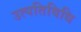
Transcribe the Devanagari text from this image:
उत्पतिविधि